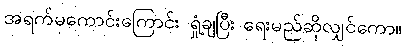
အရက်မကောင်းကြောင်း ရှုံ့ချပြီး ရေးမည်ဆိုလျှင်ကော။